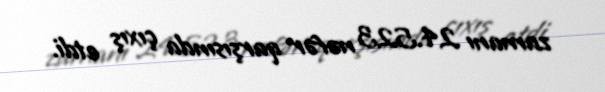
zamanı 24.523 nəfər qarşısında çıxış etdi.